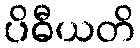
ပိဓီယတိ